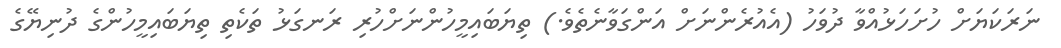
ނަރަކަޔަށް ހުށަހަޅުއްވާ ދުވަހު (އެއުރެންނަށް އަންގަވާނެތެވެ.) ތިޔަބައިމީހުންނަށްހުރި ރަނގަޅު ތަކެތި ތިޔަބައިމީހުންގެ ދުނިޔޭގެ